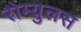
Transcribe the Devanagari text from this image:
रोम्युलस